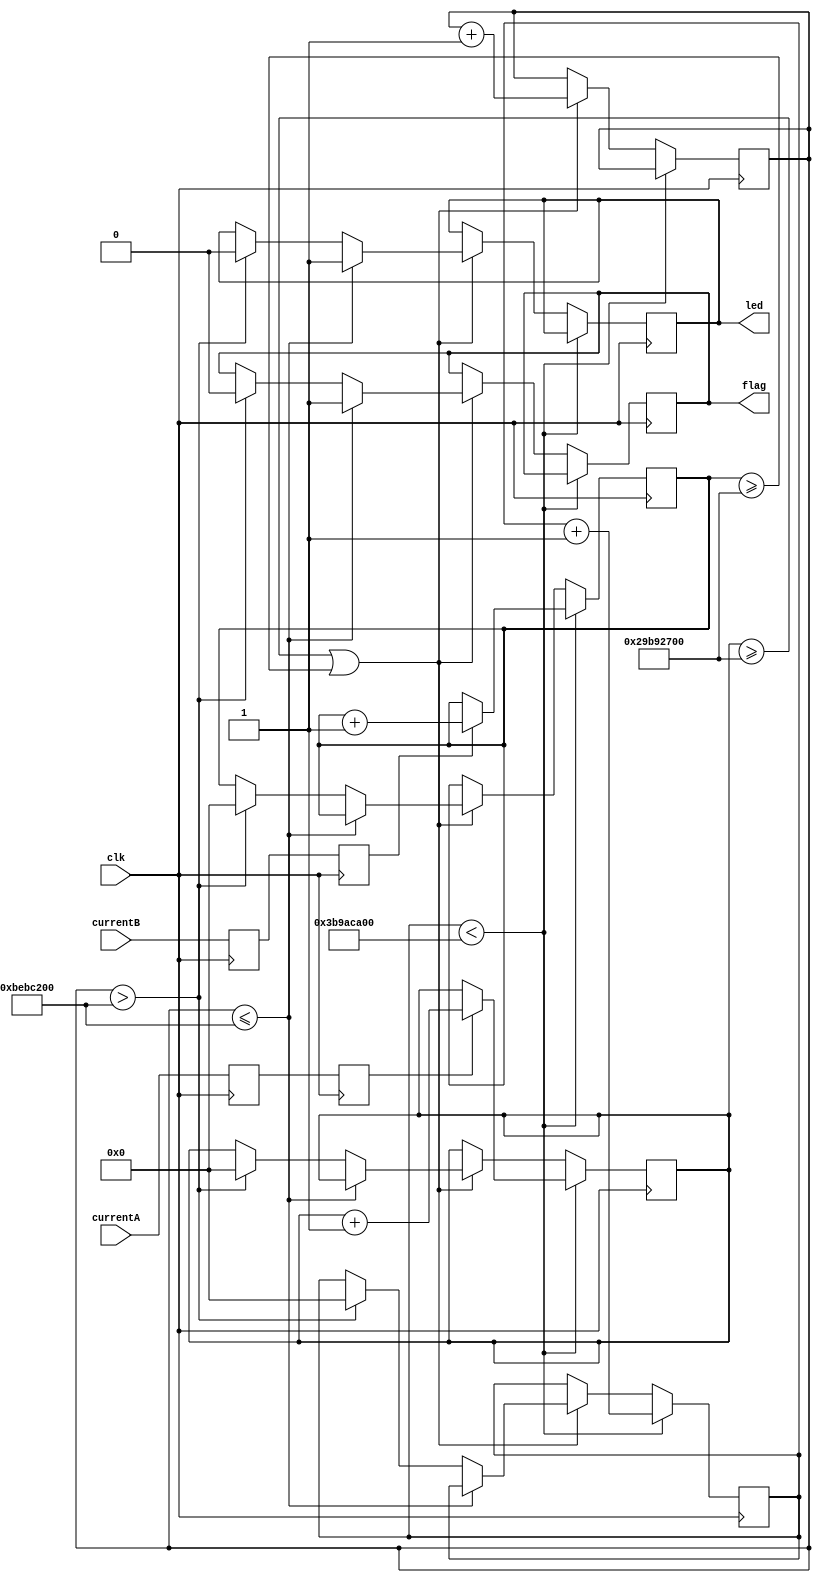
`timescale 1ns / 1ps

module current_protection(input clk, 
                          input currentA,
                          input currentB,
                          output reg led, 
                          output reg flag
                          ); 
  
    reg [31:0] count = 0;
    reg [31:0] delay = 0;
    reg startA = 0;
    reg startB = 0;
    reg A1;
    reg B1;
    reg A2;
    reg B2;
    reg [31:0] A_count = 0;
    reg [31:0] B_count = 0;
    
    always @(posedge clk)
        begin
            A1 <= currentA;
            B1 <= currentB;
            A2 <= A1;
            B2 <= B1;
            startA <= !A1 && A2;
            startB <= !B1 && B2;
        end
    
    always @(posedge clk) 
        begin
            if (count < 1000000000)
                begin
                    if (A2 == 1)
                        A_count <= A_count + 1;
                    if (B2 == 1)
                        B_count <= B_count + 1;
                    count <= count + 1;
                end
            else
                begin
                    A_count <= A_count;
                    B_count <= B_count;
                    if (A_count >= 700000000 || B_count >= 700000000)
                        begin
                            if (delay <= 200000000)
                                begin
                                    flag <= 1;
                                    led <= 1;
                                end
                            else if (delay > 200000000)
                                begin
                                    flag <= 0;
                                    led <= 0;
                                    delay <= 0;
                                    A_count <= 0;
                                    B_count <= 0;
                                    count <= 0;
                                end
                            delay <= delay + 1;
                        end
                end
        end        
endmodule